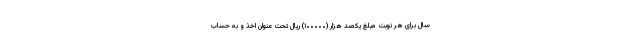
سال برای هر نوبت مبلغ یکصد هزار (۱۰۰۰۰۰) ریال تحت عنوان اخذ و به حساب